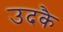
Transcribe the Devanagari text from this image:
उदकै